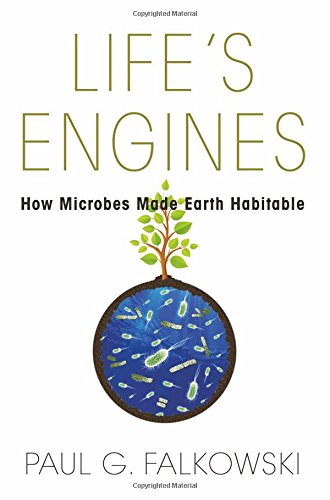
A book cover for Life's Engines: How Microbes Made Earth Habitable (Science Essentials); Paul G. Falkowski; Engineering & Transportation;